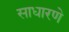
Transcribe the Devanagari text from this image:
साधारणे